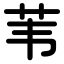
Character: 苇